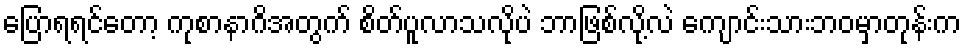
ပြောရရင်တော့ ကုစာနာဂိအတွက် စိတ်ပူလာသလိုပဲ ဘာဖြစ်လို့လဲ ကျောင်းသားဘဝမှာတုန်းက